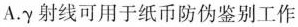
A.\gamma射线可用于纸币防伪鉴别工作